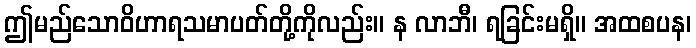
ဤမည်သောဝိဟာရသမာပတ်တို့ကိုလည်း။ န လာဘီ၊ ရခြင်းမရှိ။ အထစပန၊